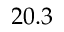
2 0 . 3